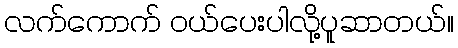
လက်ကောက် ဝယ်ပေးပါလို့ပူဆာတယ်။